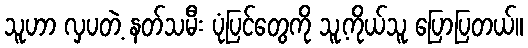
သူဟာ လှပတဲ့ နတ်သမီး ပုံပြင်တွေကို သူ့ကိုယ်သူ ပြောပြတယ်။